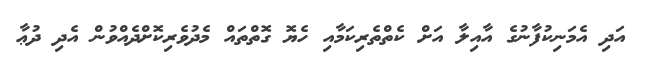
އަދި އެމަނިކުފާނުގެ އާއިލާ އަށް ކެތްތެރިކަމާއި ހެޔޮ ގޮތްތައް މެދުވެރިކޮށްދެއްވުން އެދި ދުޢާ